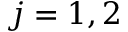
j = 1 , 2